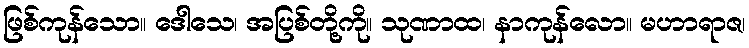
ဖြစ်ကုန်သော။ ဒေါသေ၊ အပြစ်တို့ကို။ သုဏာထ၊ နာကုန်လော။ မဟာရာဇ၊